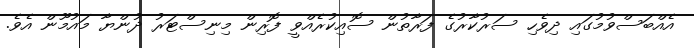
އެއްބަސްވުމުގައި ދިވެހި ސަރުކާރުގެ ފަރާތުން ސޮއިކުރެއްވީ ފޮރިން މިނިސްޓަރު ދުންޔާ މައުމޫން އެވެ.